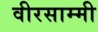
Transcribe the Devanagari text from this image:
वीरसाम्मी